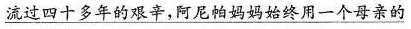
\underline{流过四十多年的艰辛，阿尼帕妈妈始终用一个母亲的}